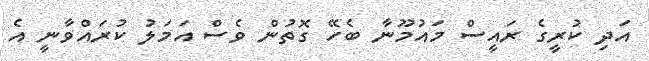
އަދި ކުރީގެ ރައީސް މައުމޫނާ ބެހޭ ގޮތުން ވެސް އަމަލު ކުރައްވާނީ އެ